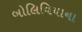
બોલિવિયાના